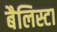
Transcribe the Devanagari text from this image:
बैलिस्टा